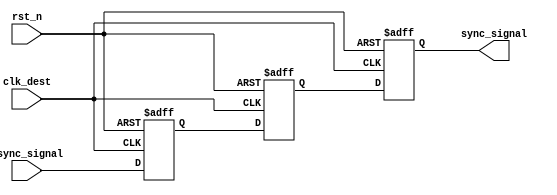
module meta_stability_filter (
    input wire clk_dest,      // Clock for the destination domain
    input wire rst_n,         // Active low reset
    input wire async_signal,   // Asynchronous input signal from the source domain
    output reg sync_signal     // Synchronized output signal
);

    // Internal signals for the flip-flops
    reg ff1_out;
    reg ff2_out;

    // First flip-flop stage
    always @(posedge clk_dest or negedge rst_n) begin
        if (!rst_n) begin
            ff1_out <= 1'b0; // Reset state
        end else begin
            ff1_out <= async_signal; // Sample the asynchronous signal
        end
    end

    // Second flip-flop stage
    always @(posedge clk_dest or negedge rst_n) begin
        if (!rst_n) begin
            ff2_out <= 1'b0; // Reset state
        end else begin
            ff2_out <= ff1_out; // Pass the signal to the next stage
        end
    end

    // Output assignment
    always @(posedge clk_dest or negedge rst_n) begin
        if (!rst_n) begin
            sync_signal <= 1'b0; // Reset state
        end else begin
            sync_signal <= ff2_out; // Final synchronized output
        end
    end

endmodule